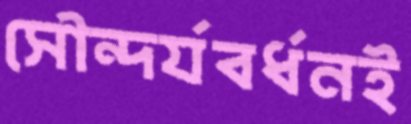
সৌন্দর্যবর্ধনই